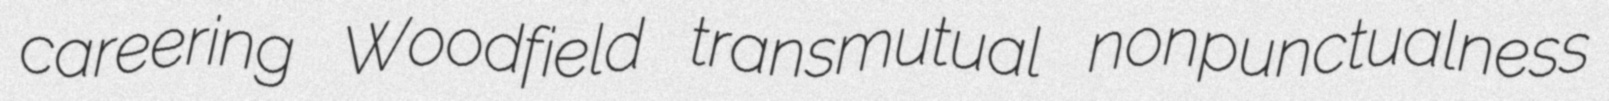
careering Woodfield transmutual nonpunctualness